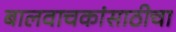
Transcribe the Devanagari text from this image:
बालवाचकांसाठीचा